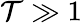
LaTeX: \mathcal{T}\gg1